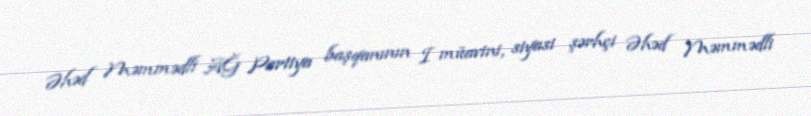
Əhəd Məmmədli AĞ Partiya başqanının I müavini, siyasi şərhçi Əhəd Məmmədli